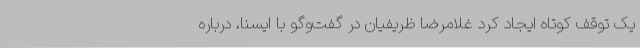
یک توقف کوتاه ایجاد کرد غلامرضا ظریفیان در گفت‌وگو با ایسنا، درباره